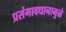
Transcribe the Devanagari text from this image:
प्रसंगावधानामुळे